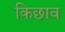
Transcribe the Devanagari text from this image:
किछाव